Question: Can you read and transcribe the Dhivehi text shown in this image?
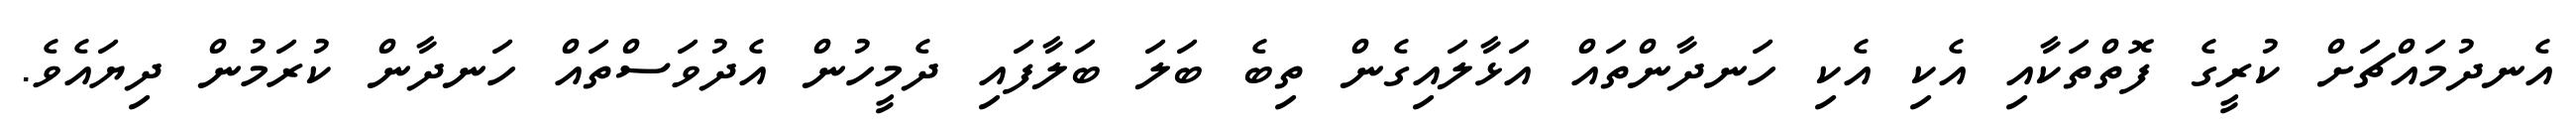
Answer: އެނދުމައްޗަށް ކުރީގެ ފޮތްތަކާއި އެކި އެކި ހަނދާންތައް އަޅާލައިގެން ތިބެ ބަލަ ބަލާފައި ދެމީހުން އެދުވަސްތައް ހަނދާން ކުރަމުން ދިޔައެވެ.